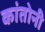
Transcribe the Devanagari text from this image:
कांतोनी